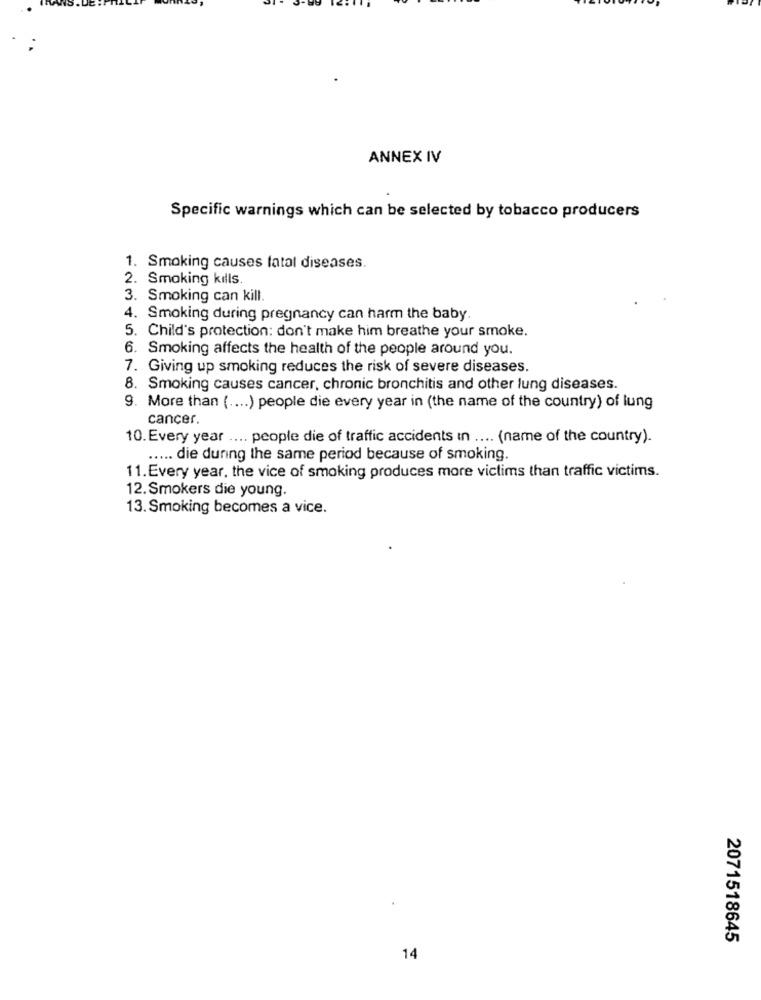
ANNEX IV
Specific warnings which can be selected by tobacco producers
1. Smoking causes fatal diseases.
2. Smoking kills
3. Smoking can kill.
4. Smoking during pregnancy can harm the baby.
5. Child's protection: don't make him breathe your smoke.
6. Smoking affects the health of the people around you.
7. Giving up smoking reduces the risk of severe diseases.
8. Smoking causes cancer, chronic bronchitis and other lung diseases.
9. More than ( .... ) people die every year in (the name of the country) of lung
cancer.
10. Every year .... people die of traffic accidents in .... (name of the country).
..... die during the same period because of smoking.
11.Every year, the vice of smoking produces more victims than traffic victims.
12. Smokers die young.
13. Smoking becomes a vice.
2071518645
14